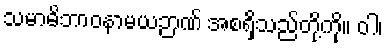
သမာဓိဘာဝနာမယဉာဏ် အစရှိသည်တို့ကို။ ဝါ၊